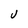
Character: J